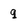
Character: q